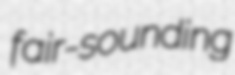
fair-sounding